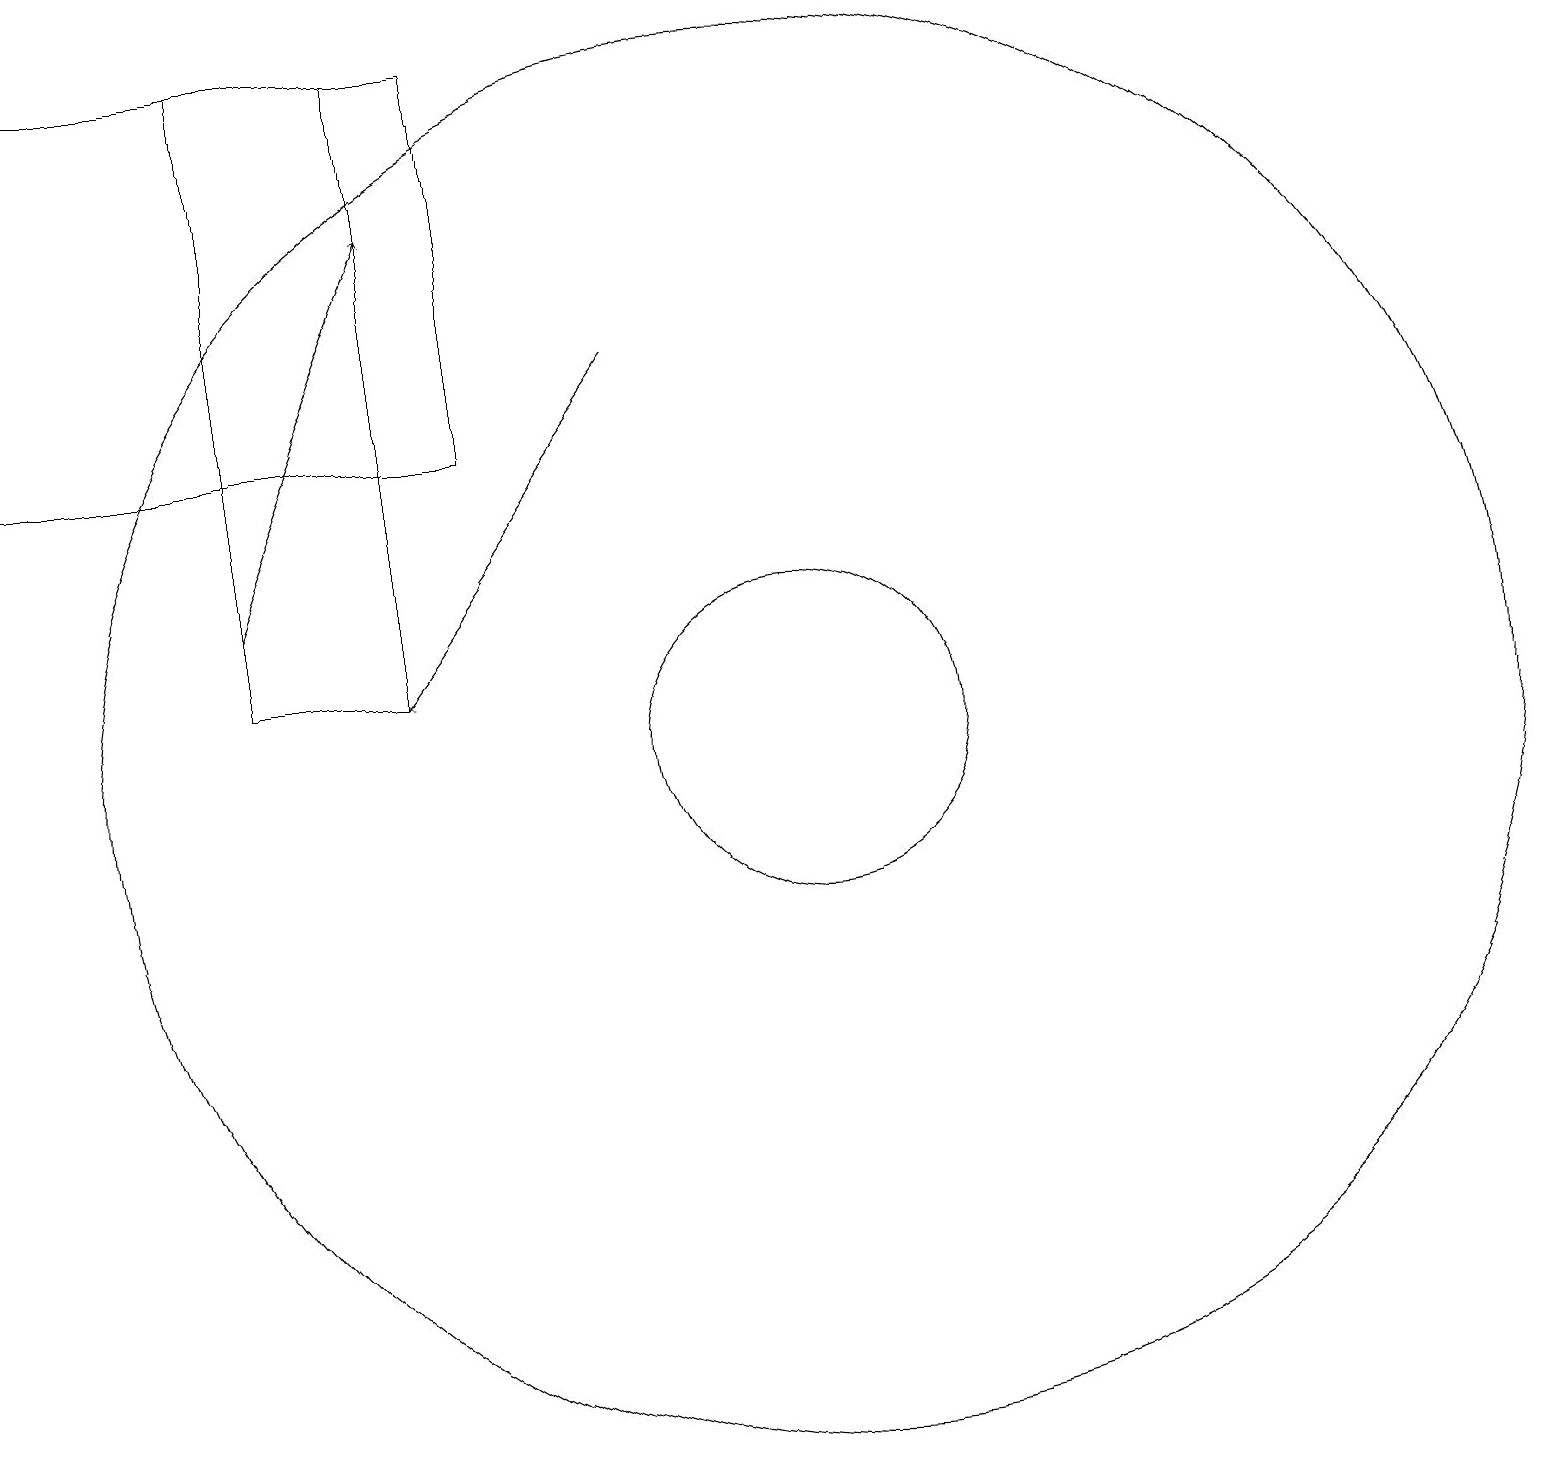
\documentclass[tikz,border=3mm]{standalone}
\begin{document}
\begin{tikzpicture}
\draw (4,19) rectangle (6,11);
\draw[->] (4,12) -- (6,17);
\draw (7,19) rectangle (1,14);
\draw (11,10) circle (2);
\draw[->] (9,15) -- (6,11);
\draw (11,10) circle (9);
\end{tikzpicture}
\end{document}